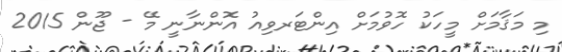
މި މަޤާމަށް މީހަކު ހޮވުމަށް އިންޓަރވިއު އޮންނާނީ މޭ - ޖޫން 2015